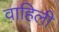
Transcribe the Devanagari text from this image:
वाहिली़